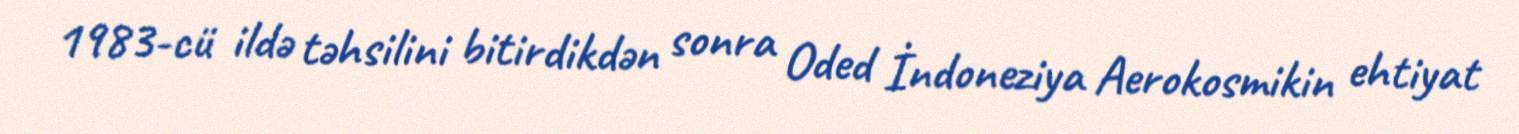
1983-cü ildə təhsilini bitirdikdən sonra Oded İndoneziya Aerokosmikin ehtiyat